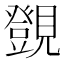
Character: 覴